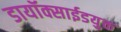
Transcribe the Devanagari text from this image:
डायॉक्साईडयुक्त